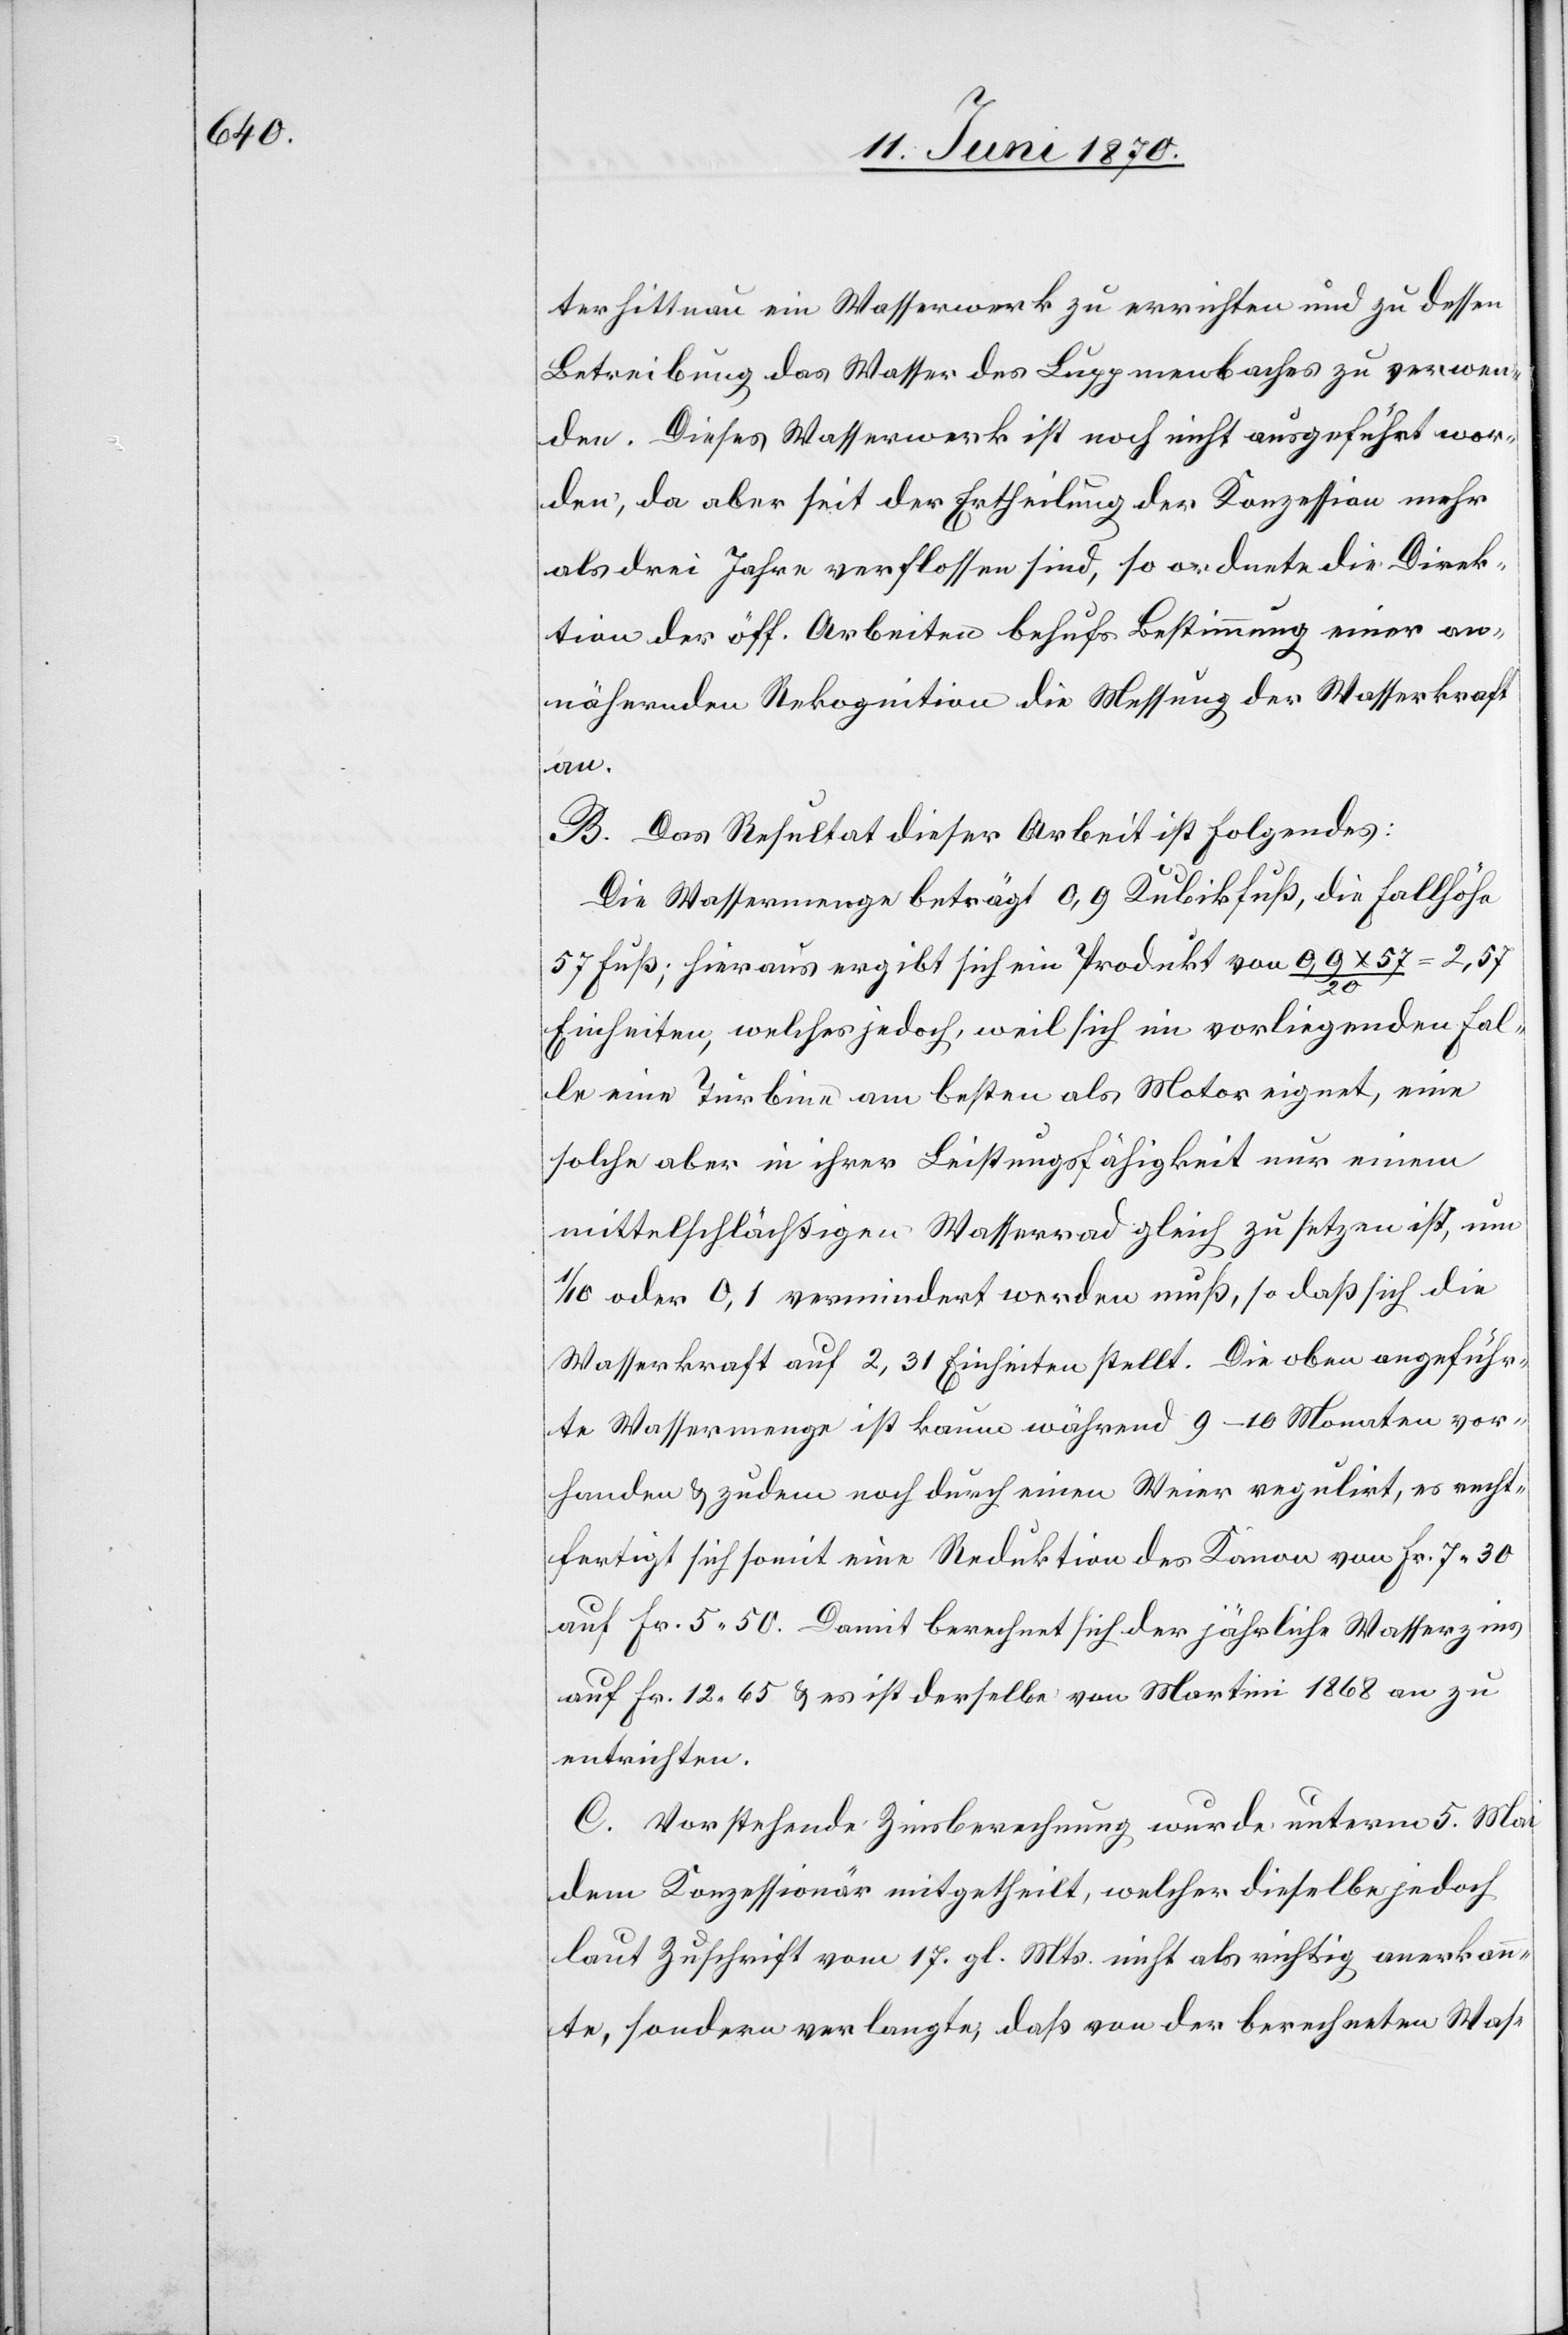
terhittnau ein Wasserwerk zu errichten und zu dessen
Betreibung das Wasser des Luppmenbaches zu verwen¬
den. Dieses Wasserwerk ist noch nicht ausgeführt wor¬
den, da aber seit der Ertheilung der Konzession mehr
als drei Jahre verflossen sind, so ordnete die Direk¬
tion der öff. Arbeiten behufs Bestimmung einer an¬
nähernden Rekognition die Messung der Wasserkraft
B. Das Resultat dieser Arbeit ist Folgendes:
Die Wassermenge beträgt 0,9 Kubikfuß, die Fallhöhe
57 Fuß; hieraus ergibt sich ein Produkt von 0,9 x 57/20
2,57
Einheiten, welches jedoch, weil sich im vorliegenden Fal¬
le eine Turbine am besten als Motor eignet, eine
solche aber in ihrer Leistungsfähigkeit nur einem
mittelschlächtigen Wasserrad gleich zu setzen ist, um
1/10 oder 0,1 vermindert werden muß, so daß sich die
Wasserkraft auf 2,31 Einheiten stellt. Die oben angeführ¬
te Wassermenge ist kaum während 9–10 Monaten vor¬
handen & zudem noch durch einen Weier regulirt, es recht¬
fertigt sich somit eine Reduktion des Kanon von Fr. 7.30
auf Fr. 5.50. Damit berechnet sich der jährliche Wasserzins
auf Fr. 12.65 & es ist derselbe von Martini 1868 an zu
entrichten.
C. Vorstehende Zinsberechnung wurde unterm 5. Mai
dem Konzessionär mitgetheilt, welcher dieselbe jedoch
laut Zuschrift vom 17. gl. Mts. nicht als richtige anerkann¬
te, sondern verlangte, daß von der berechneten Was-